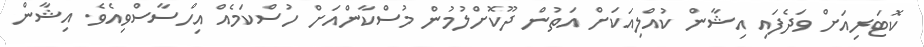
ކޮޓަރިއަށް ވަދެފައި އިޝާން ކުއްލިއަކަށް އަތުން ދޫކޮށްލުމުން މުސްކާންއަށް ހުސްކަމެއް އިހްސާސްވިއެވެ. އިޝާން